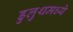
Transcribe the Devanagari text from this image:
डुलुथमध्ये